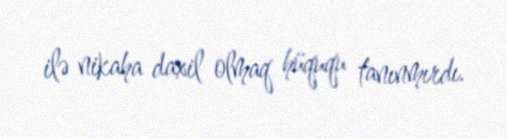
ilə nikaha daxil olmaq hüququ tanınmırdı.